Vaccination North-Western Provinces 1866-1877 - 1866-1877
Year: 1866
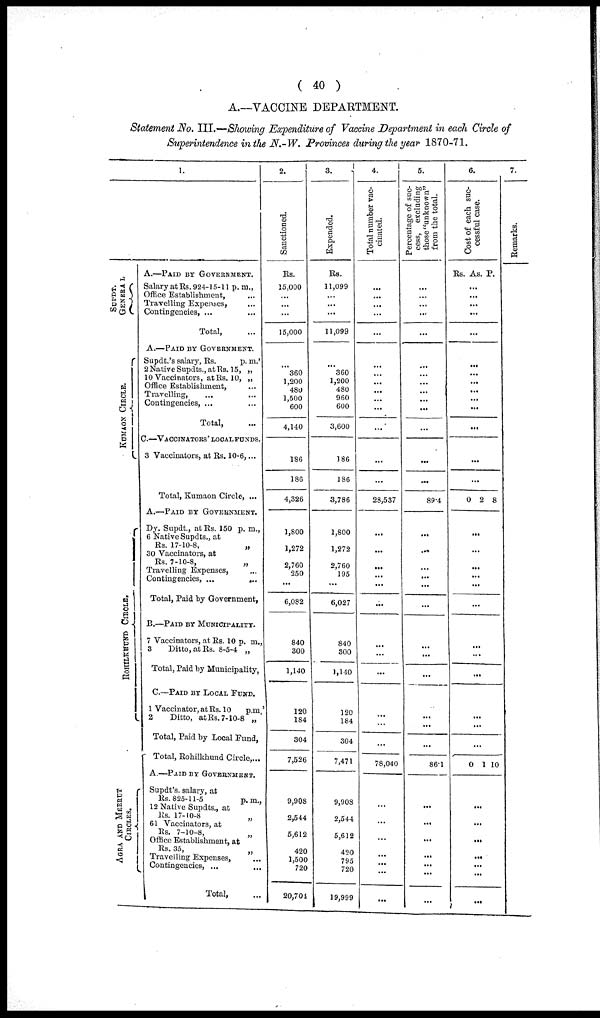
( 40 )
A.—VACCINE DEPARTMENT.
Statement No. III.—Showing Expenditure of Vaccine Department in each Circle of
Superintendence in the N.-W. Provinces during the year 1870-71.
SUPDT.
GENERAL
KUMAON CI RCLE.
ROHILKHUND CIRCLE.
AGRA AND ME E RUT
CI RCLES.
1.
A.—PAID BY GOVERNMENT.
Salary at Rs. 924-15-11 p. m.,
Office Establishment, ...
Travelling Expenses, ...
Contingencies, ...
Total, ...
A.—PAID BY GOVERNMENT.
Supdt.'s salary, Rs.
p. m.'
2 Native Supdts., at Rs. 15, „
10 Vaccinators, at Rs. 10, „
Office Establishment, ...
Travelling, ...
Contingencies, ...
Total, ...
C.—VACCINATORS' LOCAL FUNDS.
3 Vaccinators, at Rs. 10-6,...
Total, Kumaon Circle, ...
A.—PAID BY GOVERNMENT.
Dy. Supdt., at Rs. 150 p. m.,
6 Native Supdts., at
Rs. 17-10-8,
„
30 Vaccinators, at
Rs. 7-10-8,
„
Travelling Expenses, ...
Contingencies, ...
...
Total, Paid by Government,
B.—PAID BY MUNICIPALITY.
7 Vaccinators, at Rs. 10 p. m.,
3
Ditto, at Rs. 8-5-4 „
Total, Paid by Municipality,
C.—PAID BY LOCAL FUND.
1 Vaccinator, at Rs. 10 p.m.'
2
Ditto, at Rs. 7-10-8 „
Total, Paid by Local Fund,
Total, Rohilkhund Circle,...
A.—PAID BY GOVERNMENT.
Supdt's.
salary, at
Rs. 825-11-5
p.m.,
12 Native Supdts., at
Rs. 17-10-8
„
61 Vaccinators, at
Rs. 7-10-8,
„
Office Establishment, at
Rs. 35, „
Travelling Expenses, ...
Contingencies, ...
Total, ...
2.
Sanctioned.
Rs.
15,000
...
...
...
15,000
...
360
1,200
480
1,500
600
4,140
186
186
4,326
1,800
1,272
2,760
250
...
6,082
840
300
1,140
120
184
304
7,526
9,908
2,544
5,612
420
1,500
720
20,704
3.
Expended.
Rs.
11,099
...
...
...
11,099
...
360
1,200
480
960
600
3,600
186
186
3,786
1,800
1,272
2,760
195
...
6,027
840
300
1,140
120
184
304
7,471
9,908
2,544
5,612
420
795
720
19,999
4.
Total number vac-
cinated.
...
...
...
...
...
...
...
...
...
...
...
...
... ...
...
28,537
...
...
...
... ...
...
...
...
...
...
...
...
78,040
...
...
...
...
...
...
...
5.
Percentage of suc-
cess, excluding
those "unknown"
from the total.
...
...
...
...
...
...
...
...
...
...
...
...
... ...
...
89.4
...
...
...
... ...
...
...
...
...
...
...
...
86.1
...
...
...
...
...
...
6.
Cost of each suc-
cessful case.
Rs. As. P.
...
...
...
...
...
...
...
...
...
...
...
...
... ...
...
0 2
8
...
...
...
... ...
...
...
...
...
...
...
...
0
1
10
...
...
...
...
...
...
7.
Remarks.